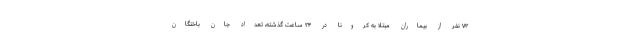
۷۳ نفر از بیماران مبتلا به کرونا در ۲۴ ساعت گذشته، تعداد جان باختگان